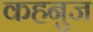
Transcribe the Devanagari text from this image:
कहनुज